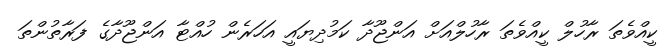
ކީއްވެތަ ރާހުލް ކީއްވެތަ ރާހުލްއަށް އަންޖޫދާ ކަމުދިޔައީ އަހަރެން ހުއްޓާ އަންޖޫދާގެ ފަރާތުންތަ